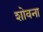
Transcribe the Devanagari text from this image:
शोवना